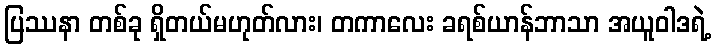
ပြဿနာ တစ်ခု ရှိတယ်မဟုတ်လား၊ တကာလေး ခရစ်ယာန်ဘာသာ အယူဝါဒရဲ့